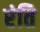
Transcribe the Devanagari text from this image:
रंति